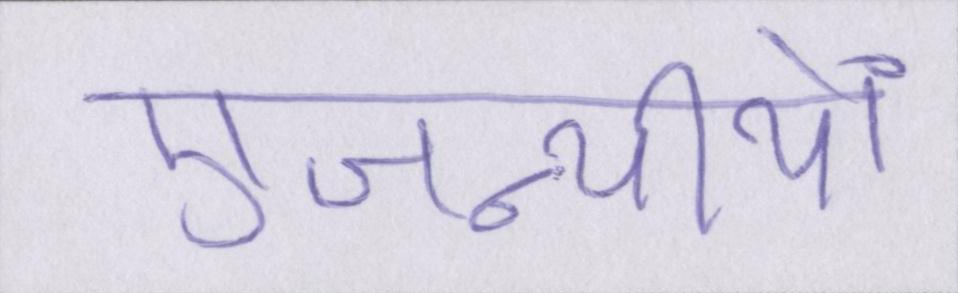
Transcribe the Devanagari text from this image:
एजन्सीयों